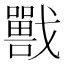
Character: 𡃣